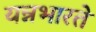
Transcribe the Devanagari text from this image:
यन्नभारते